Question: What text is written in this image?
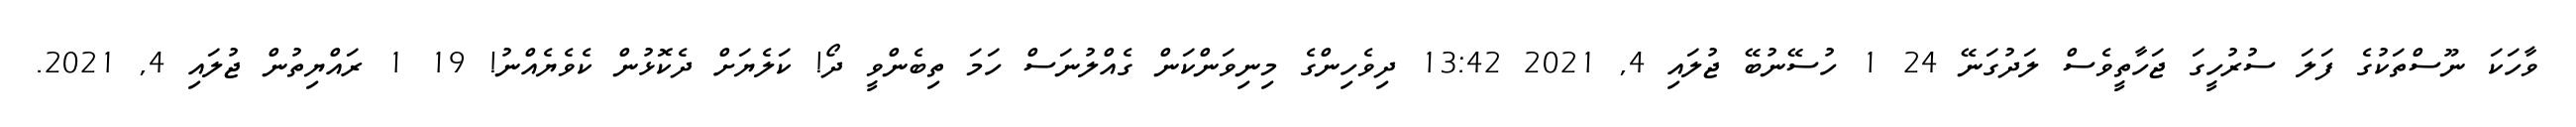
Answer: ވާހަކަ ނޫސްތަކުގެ ފަލަ ސުރުހީގަ ޖަހާތީވެސް ލަދުގަނޭ 24 1 ހުސޭނުބޭ ޖުލައި 4, 2021 13:42 ދިވެހިންގެ މިނިވަންކަން ގެއްލުނަސް ހަމަ ތިބެންވީ ދޯ! ކަލެޔަށް ދެކޮޅުން ކެވެޔެއްނު! 19 1 ރައްޔިތުން ޖުލައި 4, 2021.